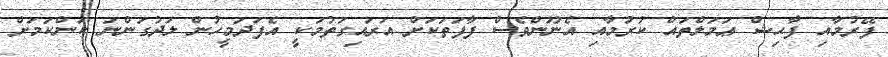
ފޭރުމާއި ފާޙިޝް ޢަމަލްތައް ކުރުމާއި އެނޫންވެސް ފާފަތަކަށް އަރައިގަތުމަކީ އެފަދަމީހުން ލަދުގަންނަ ކަންކަމަށް